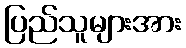
ပြည်သူများအား